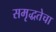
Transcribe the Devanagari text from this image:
समृद्धतेचा